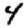
Digit: 4